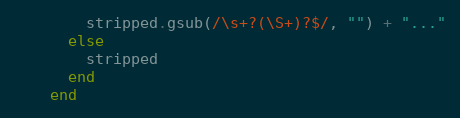
Language: Ruby
        stripped.gsub(/\s+?(\S+)?$/, "") + "..."
      else
        stripped
      end
    end